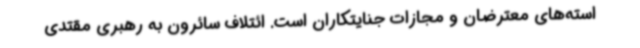
استه‌های معترضان و مجازات جنایتکاران است. ائتلاف سائرون به رهبری مقتدی